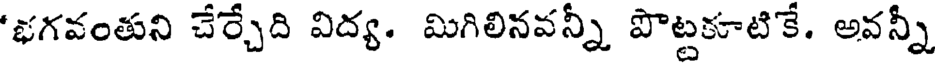
'భగవంతుని చేర్చేది విద్య. మిగిలినవన్నీ పొట్టకూటికే. అవన్నీ